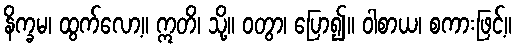
နိက္ခမ၊ ထွက်လော့။ ဣတိ၊ သို့။ ဝတွာ၊ ပြော၍။ ဝါစာယ၊ စကားဖြင့်။